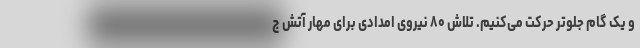
و یک گام جلوتر حرکت می‌کنیم. تلاش ۸۰ نیروی امدادی برای مهار آتش ج